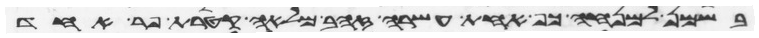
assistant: בשמן למנחה כף אחת עשרה זהב מלאה קטרת פר אחד